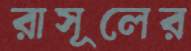
রাসূলের